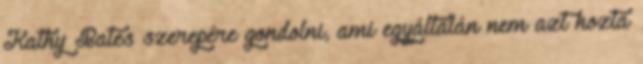
Kathy Bates szerepére gondolni, ami egyáltalán nem azt hozta